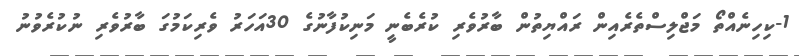
1-ކިހިނެއްތޯ މަޖްލިސްތެރެއިން ރައްޔިތުން ބާރުވެރި ކުރެބެނީ މަނިކުފާނުގެ 30އަހަރު ވެރިކަމުގަ ބާރުވެރި ނުކުރެވުނު